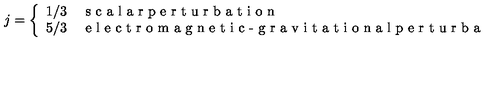
j = \left\{ \begin{array} { c l } { 1 / 3 } & { \textrm { s c a l a r p e r t u r b a t i o n } } \\ { 5 / 3 } & { \textrm { e l e c t r o m a g n e t i c - g r a v i t a t i o n a l p e r t u r b a t i o n } } \\ \end{array} \right.